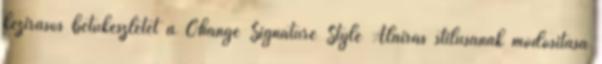
kézírásos betűkészletet a Change Signature Style Aláírás stílusának módosítása